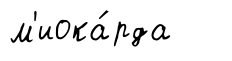
м'иока́рда